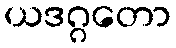
ယဒဂ္ဂတော